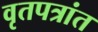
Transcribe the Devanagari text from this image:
वृतपत्रांत